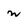
Character: w